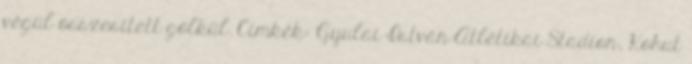
végül összesített gólkül. Címkék: Gyulai István Atlétikai Stadion, Kohut